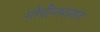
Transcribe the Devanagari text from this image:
गोपीनारायण